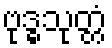
ဗုဒ္ဓသုတ္တံ